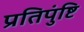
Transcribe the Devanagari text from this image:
प्रतिपुंष्टि